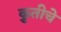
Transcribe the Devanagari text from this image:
कृुतीचे